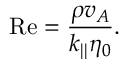
\mathrm { R e } = \frac { \rho v _ { A } } { k _ { | | } \eta _ { 0 } } .